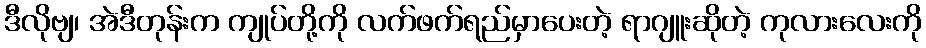
ဒီလိုဗျ၊ အဲဒီတုန်းက ကျုပ်တို့ကို လက်ဖက်ရည်မှာပေးတဲ့ ရာဂျူးဆိုတဲ့ ကုလားလေးကို